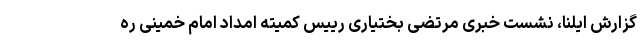
گزارش ایلنا، نشست خبری مرتضی بختیاری رییس کمیته امداد امام خمینی ره